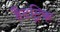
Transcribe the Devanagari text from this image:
हैटट्रिक